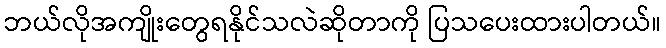
ဘယ်လိုအကျိုးတွေရနိုင်သလဲဆိုတာကို ပြသပေးထားပါတယ်။